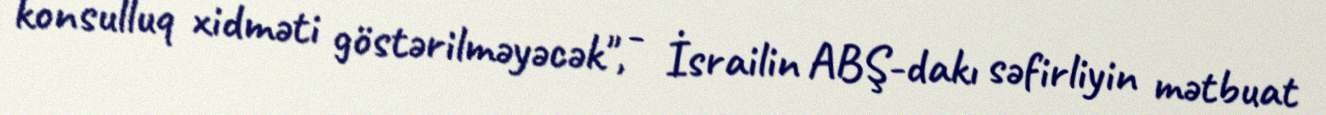
konsulluq xidməti göstərilməyəcək", - İsrailin ABŞ-dakı səfirliyin mətbuat